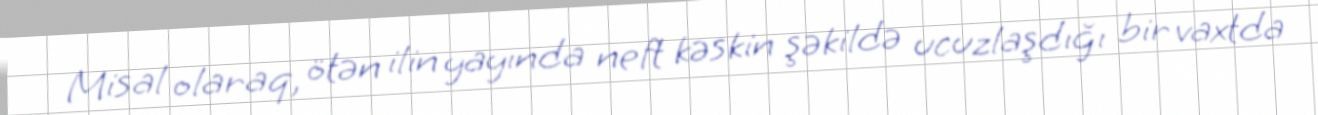
Misal olaraq, ötən ilin yayında neft kəskin şəkildə ucuzlaşdığı bir vaxtda